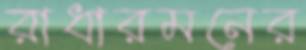
রাধারমনের